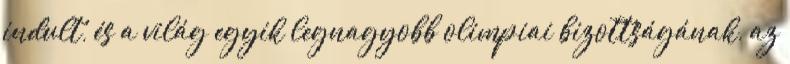
indult, és a világ egyik legnagyobb olimpiai bizottságának, az